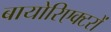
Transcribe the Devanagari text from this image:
बायोरिएक्टरों